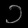
Digit: ၁